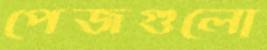
পেজগুলো